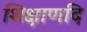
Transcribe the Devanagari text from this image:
शिक्षाणदि